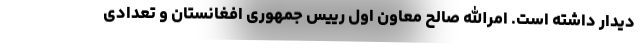
دیدار داشته است. امرالله صالح معاون اول رییس جمهوری افغانستان و تعدادی